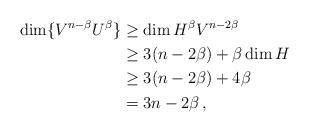
LaTeX: \begin{align*}\dim \{V^{n-\beta}U^\beta\}&\geq \dim H^\beta V^{n-2\beta}\\&\geq 3(n-2\beta)+ \beta\dim H\\&\geq 3(n-2\beta)+4\beta\\&=3n-2\beta\,,\end{align*}